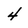
Character: 4